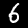
Digit: 6